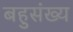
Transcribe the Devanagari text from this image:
बहुसंख्‍य